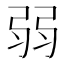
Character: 弱